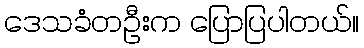
ဒေသခံတဦးက ပြောပြပါတယ်။